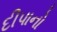
દીપાનો